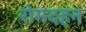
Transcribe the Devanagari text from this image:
रोमदहन